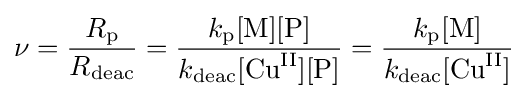
\nu ={\frac {R_{\text{p}}}{R_{\text{deac}}}}={\frac {k_{\text{p}}[{\text{M}}][{\text{P}}]}{k_{\text{deac}}[{\text{Cu}}^{\text{II}}][{\text{P}}]}}={\frac {k_{\text{p}}[{\text{M}}]}{k_{\text{deac}}[{{\text{Cu}}^{\text{II}}}]}}